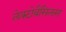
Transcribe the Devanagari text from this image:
लेक्टोबैसिलस